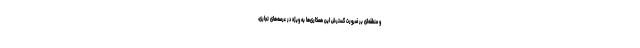
و منطقه‌ای بر ضرورت گسترش این همکاری‌ها به ویژه در عرصه‌های تجاری،